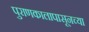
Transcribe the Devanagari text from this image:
पुराणकालापासूनच्या